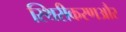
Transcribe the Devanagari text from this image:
स्थिरीकरणऔर